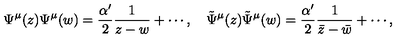
\Psi ^ { \mu } ( z ) \Psi ^ { \mu } ( w ) = \frac { \alpha ^ { \prime } } { 2 } \frac { 1 } { z - w } + \cdots , \quad \tilde { \Psi } ^ { \mu } ( z ) \tilde { \Psi } ^ { \mu } ( w ) = \frac { \alpha ^ { \prime } } { 2 } \frac { 1 } { \bar { z } - \bar { w } } + \cdots ,